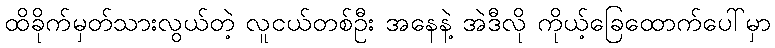
ထိခိုက်မှတ်သားလွယ်တဲ့ လူငယ်တစ်ဦး အနေနဲ့ အဲဒီလို ကိုယ့်ခြေထောက်ပေါ်မှာ